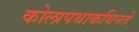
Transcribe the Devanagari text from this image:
कोलापथाकथिनते